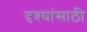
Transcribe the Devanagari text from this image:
दृश्यांसाठी